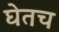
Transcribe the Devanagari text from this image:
घेतच